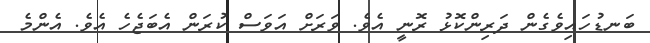
ބަނޑުހައިވެގެން ދަރިންކޮޅު ރޮނީ އެވެ. ވަރަށް އަވަސް ކުރަން އެބަޖެހެ އެވެ. އެންމެ